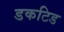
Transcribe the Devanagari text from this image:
डकटिड